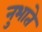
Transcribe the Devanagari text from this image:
नुभाते